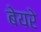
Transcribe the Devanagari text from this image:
बेयरे